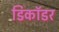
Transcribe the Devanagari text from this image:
डिकॉडर